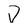
Character: D